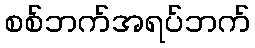
စစ်ဘက်အရပ်ဘက်